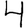
Digit: 4